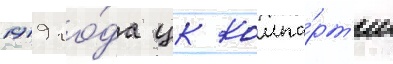
1919 го́да цк компа́рт'ии